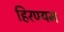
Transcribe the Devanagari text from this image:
हिरण्यम